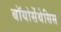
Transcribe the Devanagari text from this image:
बॉयोसेंथेसिस